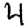
Digit: 4